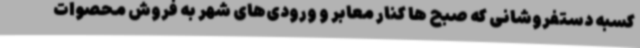
کسبه دستفروشانی که صبح ها کنار معابر و ورودی‌های شهر به فروش محصوات